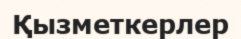
Қызметкерлер